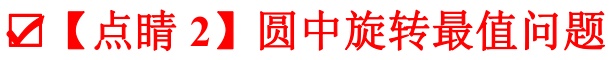
✔【点睛2】圆中旋转最值问题